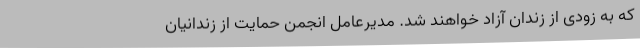
که به زودی از زندان آزاد خواهند شد. مدیرعامل انجمن حمایت از زندانیان